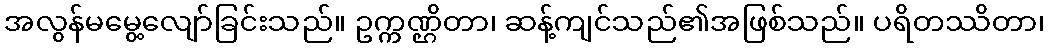
အလွန်မမွေ့လျော်ခြင်းသည်။ ဥက္ကဏ္ဌိတာ၊ ဆန့်ကျင်သည်၏အဖြစ်သည်။ ပရိတဿိတာ၊